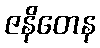
ဇနိတေန